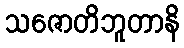
သဇောတိဘူတာနိ